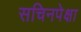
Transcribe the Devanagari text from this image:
सचिनपेक्षा